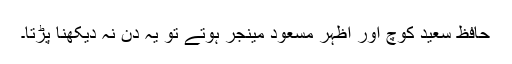
حافظ سعید کوچ اور اظہر مسعود مینجر ہوتے تو یہ دن نہ دیکھنا پڑتا۔